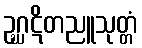
ဥဂ္ဃဋိတညူသုတ္တံ